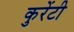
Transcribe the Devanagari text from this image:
कुरेंटी